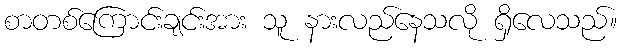
စာတစ်ကြောင်းချင်းအား သူ နားလည်နေသလို ရှိလေသည်။